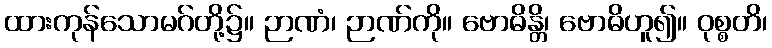
ထားကုန်သောမဂ်တို့၌။ ဉာဏံ၊ ဉာဏ်ကို။ ဗောဓိန္တိ၊ ဗောဓိဟူ၍။ ဝုစ္စတိ၊